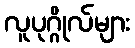
လူပုဂ္ဂိုလ်များ